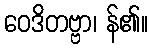
ဝေဒိတဗ္ဗာ၊ န်၏။